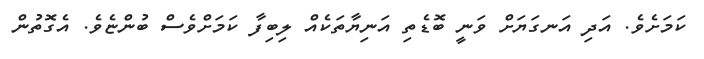
ކަމަށެވެ. އަދި އަނގަޔަށް ވަނީ ބޮޑެތި އަނިޔާތަކެއް ލިބިފާ ކަމަށްވެސް ބުންޏެވެ. އެގޮތުން